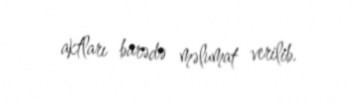
aktları barədə məlumat verilib.